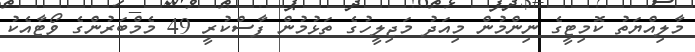
މާލިއްޔަތު ކޮމިޓީގެ ނިންމުން މިއަދު މަޖިލީހުގެ ތަޅުމުން ފާސްކުރީ 49 މެމްބަރުންގެ ވޯޓާއެކު